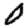
Digit: 0